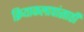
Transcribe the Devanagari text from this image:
क्रियाकलापांसाठी